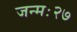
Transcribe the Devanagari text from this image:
जन्मः२७